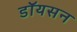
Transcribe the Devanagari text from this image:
डॉयसन